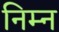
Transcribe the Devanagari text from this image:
निम्‍न